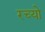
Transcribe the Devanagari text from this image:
रच्यो